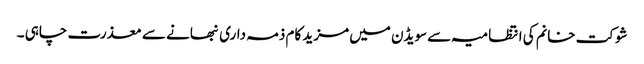
شوکت خانم کی انتظامیہ سے سویڈن میں مزید کام ذمہ داری نبھانے سے معذرت چاہی ۔